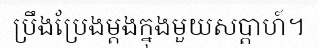
ប្រឹងប្រែងម្តងក្នុងមួយសប្តាហ៍។